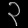
Digit: ၃